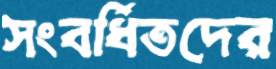
সংবর্ধিতদের